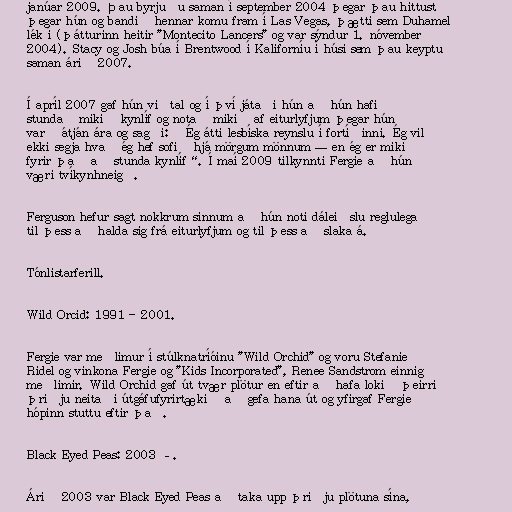
janúar 2009. Þau byrjuðu saman í september 2004 þegar þau hittust
þegar hún og bandið hennar komu fram í Las Vegas, þætti sem Duhamel
lék í (þátturinn heitir "Montecito Lancers" og var sýndur 1. nóvember
2004). Stacy og Josh búa í Brentwood í Kaliforníu í húsi sem þau keyptu
saman árið 2007.

Í apríl 2007 gaf hún viðtal og í því játaði hún að hún hafi
stundað mikið kynlíf og notað mikið af eiturlyfjum þegar hún
varð átján ára og sagði: „Ég átti lesbíska reynslu í fortíðinni. Ég vil
ekki segja hvað ég hef sofið hjá mörgum mönnum — en ég er mikið
fyrir það að stunda kynlíf“. Í maí 2009 tilkynnti Fergie að hún
væri tvíkynhneigð.

Ferguson hefur sagt nokkrum sinnum að hún noti dáleiðslu reglulega
til þess að halda sig frá eiturlyfjum og til þess að slaka á.

Tónlistarferill.

Wild Orcid: 1991 - 2001.

Fergie var meðlimur í stúlknatríóinu "Wild Orchid" og voru Stefanie
Ridel og vinkona Fergie og "Kids Incorporated", Renee Sandstrom einnig
meðlimir. Wild Orchid gaf út tvær plötur en eftir að hafa lokið þeirri
þriðju neitaði útgáfufyrirtækið að gefa hana út og yfirgaf Fergie
hópinn stuttu eftir það.

Black Eyed Peas: 2003 –.

Árið 2003 var Black Eyed Peas að taka upp þriðju plötuna sína,